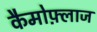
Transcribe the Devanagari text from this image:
कैमोफ़्लाज